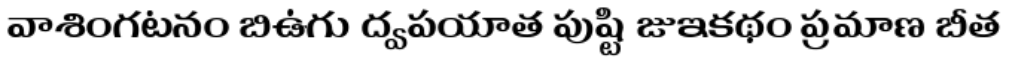
వాశింగటనం బిఉగు ద్వపయాత పుష్టి జుఇకథం ప్రమాణ బీత